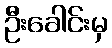
ဦးခေါင်းမှ